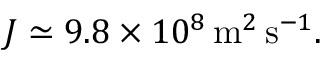
J \simeq 9 . 8 \times 1 0 ^ { 8 } \, \mathrm { m } ^ { 2 } \, \mathrm { s } ^ { - 1 } .